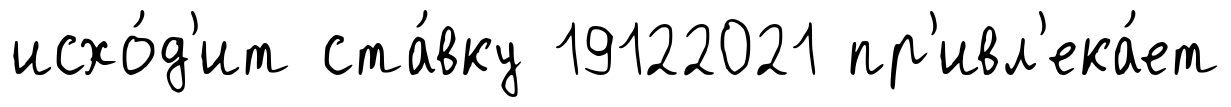
исхо́д'ит ста́вку 19122021 пр'ивл'ека́ет